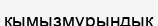
қымызмұрындық